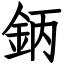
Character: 鈵